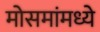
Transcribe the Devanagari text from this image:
मोसमांमध्ये